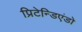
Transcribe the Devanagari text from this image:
प्रिटेन्डिएंडो